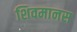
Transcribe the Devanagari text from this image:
शिवमानस